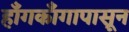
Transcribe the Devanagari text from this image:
हाँगकाँगापासून